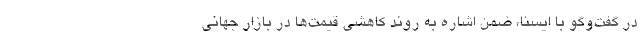
در گفت‌وگو با ایسنا، ضمن اشاره به روند کاهشی قیمت‌ها در بازار جهانی